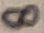
Text: 8